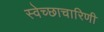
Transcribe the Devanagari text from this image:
स्वेच्छाचारिणी